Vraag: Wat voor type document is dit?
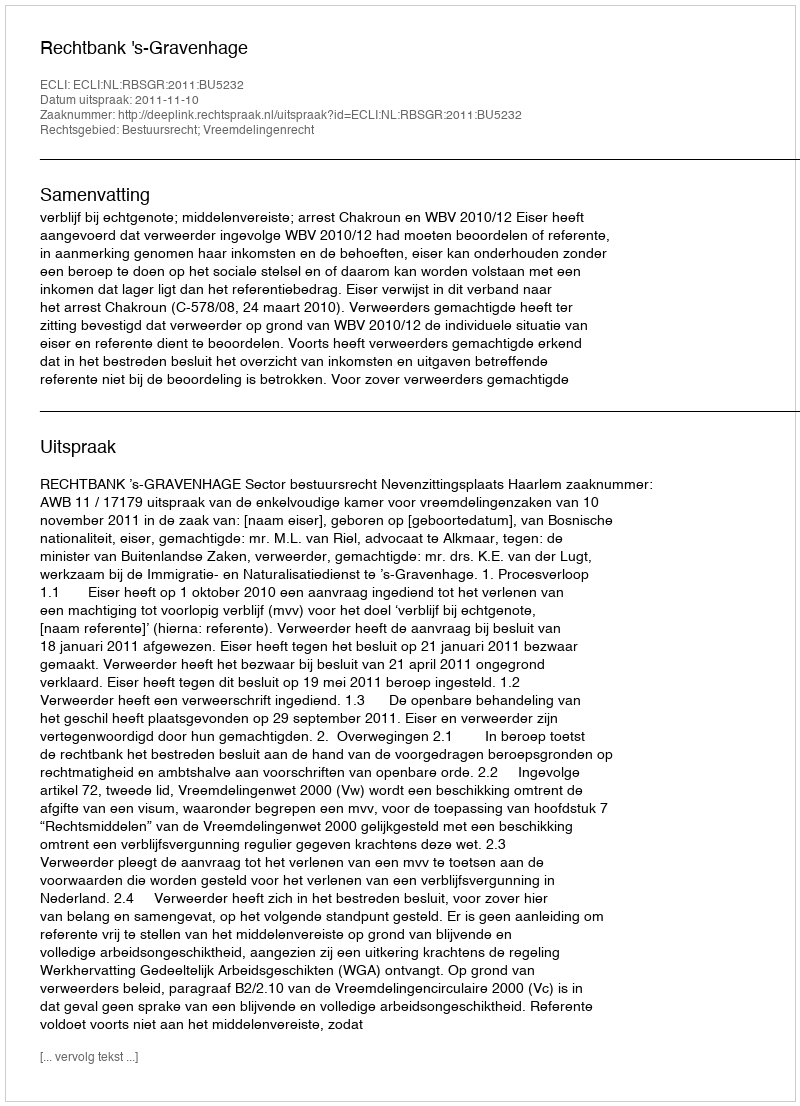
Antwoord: Uitspraak